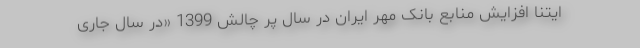
ایتنا افزایش منابع بانک مهر ایران در سال پر چالش 1399 «در سال جاری